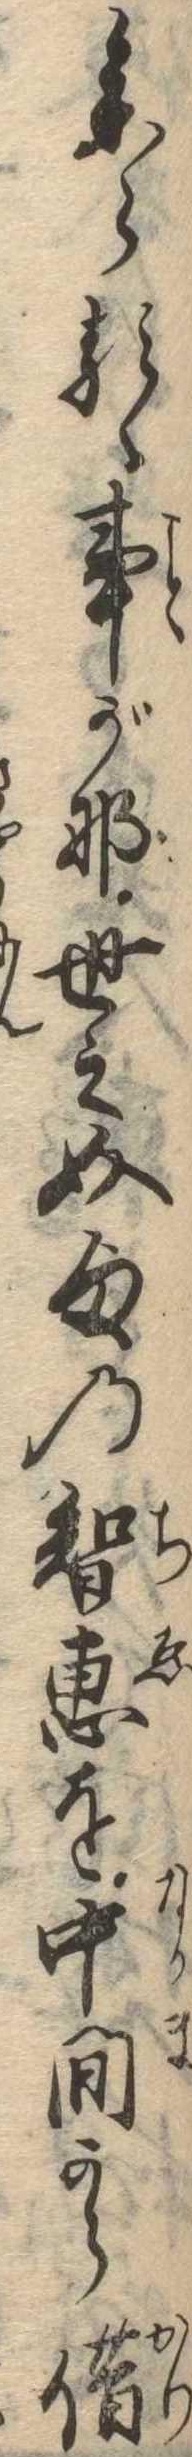
参らるゝ事がな世之介様の知恵を中間から借